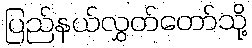
ပြည်နယ်လွှတ်တော်သို့